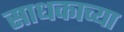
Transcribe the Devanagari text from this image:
साधकाच्या